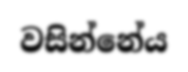
වසින්නේය